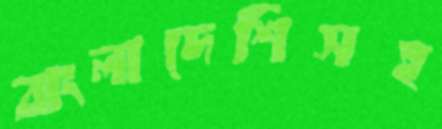
বাংলাদেশিসহ